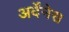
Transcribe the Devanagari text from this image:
अर्देंनेस